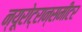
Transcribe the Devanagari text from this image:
न्यूरोट्रान्समीटर